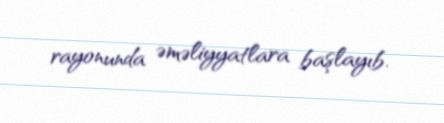
rayonunda əməliyyatlara başlayıb.